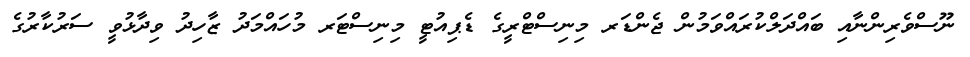
ނޫސްވެރިންނާއި ބައްދަލްކުރައްވަމުން ޖެންޑަރ މިނިސްޓްރީގެ ޑެޕިއުޓީ މިނިސްޓަރ މުހައްމަދު ޒާހިދު ވިދާޅުވީ ސަރުކާރުގެ